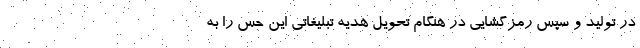
در تولید و سپس رمزگشایی در هنگام تحویل هدیه تبلیغاتی این حس را به